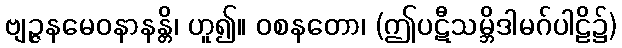
ဗျဉ္ဇနမေဝနာနန္တိ၊ ဟူ၍။ ဝစနတော၊ (ဤပဋီသမ္ဘိဒါမဂ်ပါဠိ၌)